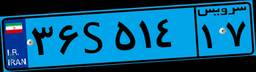
۹۰S۷۴۰۱۸